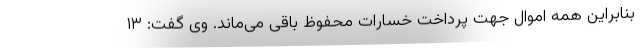
بنابراین همه اموال جهت پرداخت خسارات محفوظ باقی می‌ماند. وی گفت: ١٣